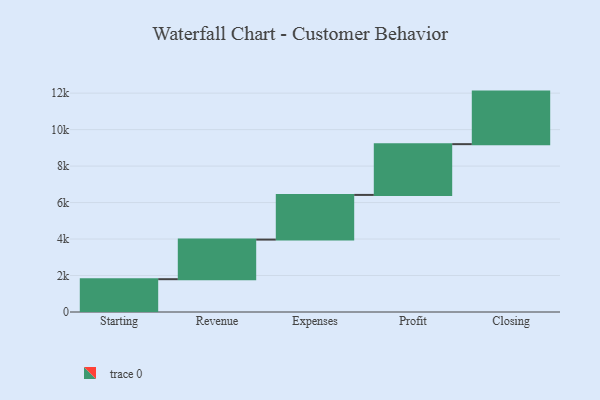
{"axis": {"x": "Step", "y": "Value"}, "legend": [""], "data": [{"x": "Starting", "y": 1799.0, "type": ""}, {"x": "Revenue", "y": 2171.0, "type": ""}, {"x": "Expenses", "y": 2449.0, "type": ""}, {"x": "Profit", "y": 2784.0, "type": ""}, {"x": "Closing", "y": 2881.0, "type": ""}]}